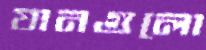
যানগুলো